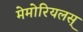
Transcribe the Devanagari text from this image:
मेमोरियलस्